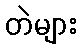
တဲများ